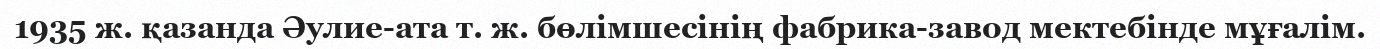
1935 ж. қазанда Әулие-ата т. ж. бөлімшесінің фабрика-завод мектебінде мұғалім.